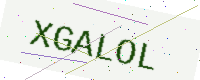
Text: XGALOL